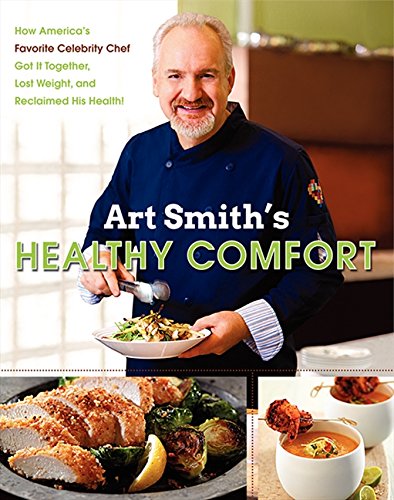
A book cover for Art Smith's Healthy Comfort: How America's Favorite Celebrity Chef Got it Together, Lost Weight, and Reclaimed His Health!; Art Smith; Cookbooks, Food & Wine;